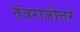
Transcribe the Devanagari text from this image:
तंत्रराजोत्तर